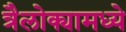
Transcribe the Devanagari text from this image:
त्रैलोक्यामध्ये